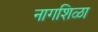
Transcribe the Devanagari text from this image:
नागशिळा